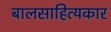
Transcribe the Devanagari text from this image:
बालसाहित्‍यकार